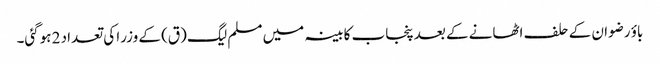
باؤ رضوان کے حلف اٹھانے کے بعد پنجاب کابینہ میں مسلم لیگ (ق) کے وزرا کی تعداد 2 ہوگئی۔